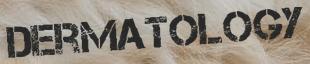
DERMATOLOGY